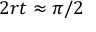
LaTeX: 2 r t \approx \pi / 2